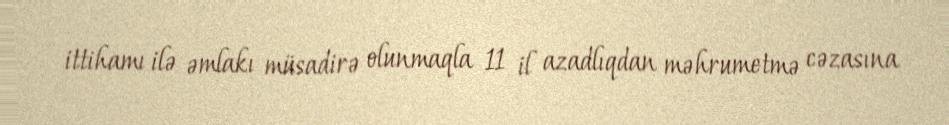
ittihamı ilə əmlakı müsadirə olunmaqla 11 il azadlıqdan məhrumetmə cəzasına